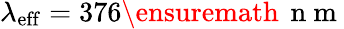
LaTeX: \lambda_{\mathrm{eff}}=376\ensuremath{\, \mathrm{~n~m~}}